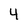
Character: 4